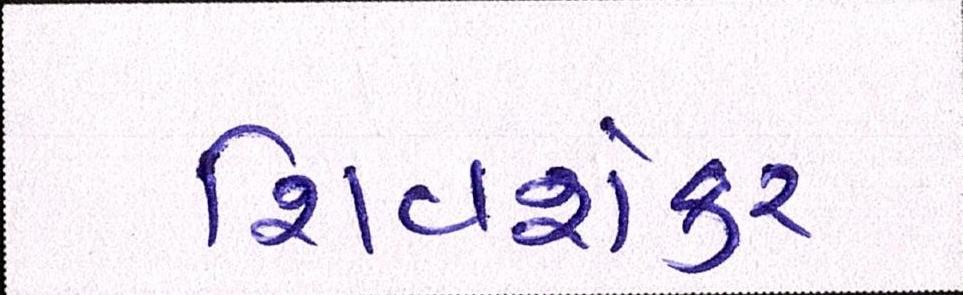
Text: શિવશંકર